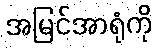
အမြင်အာရုံကို